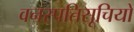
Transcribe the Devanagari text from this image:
वनस्पतिसूचियों